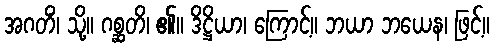
အဂတိံ၊ သို့။ ဂစ္ဆတိ၊ ၏။ ဒိဋ္ဌိယာ၊ ကြောင့်။ ဘယာ ဘယေန၊ ဖြင့်။